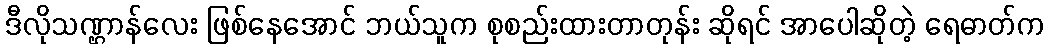
ဒီလိုသဏ္ဌာန်လေး ဖြစ်နေအောင် ဘယ်သူက စုစည်းထားတာတုန်း ဆိုရင် အာပေါဆိုတဲ့ ရေဓာတ်က